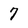
Character: 7